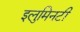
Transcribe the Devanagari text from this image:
इलुमिनटी